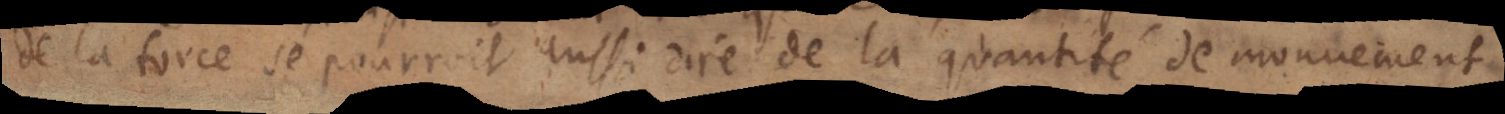
de la force se pourroit aussi dire de la quantité de mouvement.